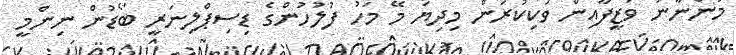
މަންނާނު ވަޒީފާއިން ވަކިކުރަން މިދިޔަ މޭ މަހު ފުލުހުންގެ ޑިސިޕްލިނަރީ ބޯޑުން ނިންމީ